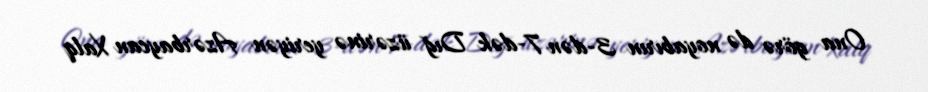
Ona görə də noyabırın 3-dən 7-dək Dığ üzərinə yeriyən Azərbaycan Xalq